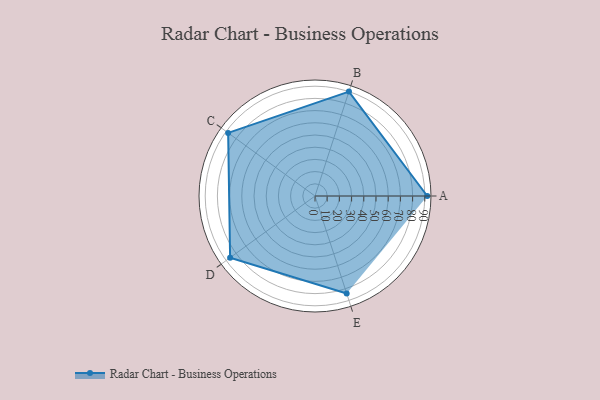
{"axis": {"x": "Skill", "y": "Score"}, "legend": ["Profile"], "data": [{"x": "A", "y": 92.0, "type": "Profile"}, {"x": "B", "y": 90.0, "type": "Profile"}, {"x": "C", "y": 88.0, "type": "Profile"}, {"x": "D", "y": 86.0, "type": "Profile"}, {"x": "E", "y": 84.0, "type": "Profile"}]}